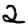
Digit: 2